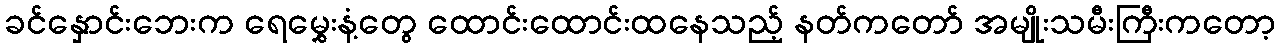
ခင်နှောင်းဘေးက ရေမွှေးနံ့တွေ ထောင်းထောင်းထနေသည့် နတ်ကတော် အမျိုးသမီးကြီးကတော့